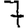
Digit: 7